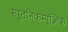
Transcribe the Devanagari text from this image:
स्पूतनिकम्यूज़िक